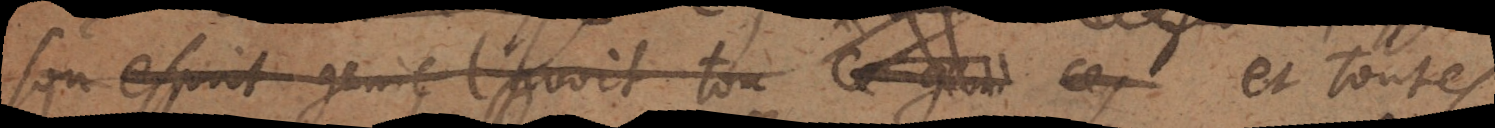
son esprit genie l’avoit tou ce genie ces et toutes